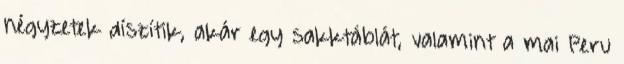
négyzetek díszítik, akár egy sakktáblát, valamint a mai Peru